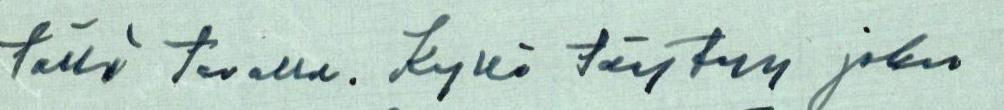
tällä tavalla. Kyllä täytyy joku